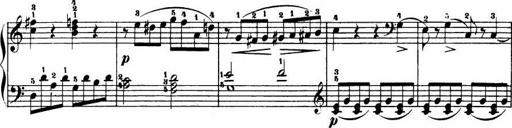
Title: Le bouquetier
Composer: Anton Diabelli
Key: G major
 C major
 F major
 C major